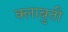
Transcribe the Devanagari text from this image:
क्लाबुती